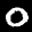
Label: 0